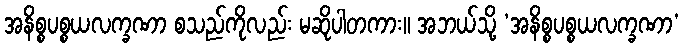
အနိစ္စပစ္စယလက္ခဏာ စသည်ကိုလည်း မဆိုပါတကား။ အဘယ်သို့ ‘အနိစ္စပစ္စယလက္ခဏာ’